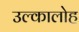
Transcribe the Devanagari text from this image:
उल्कालोह